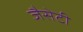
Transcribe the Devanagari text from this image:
जैसेटी